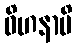
ဝိဟနာမိ